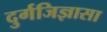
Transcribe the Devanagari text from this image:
दुर्गजिज्ञासा